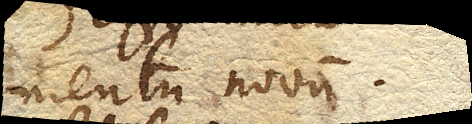
mentum novum.